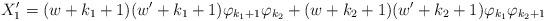
LaTeX: \begin{align*}X'_1=(w+k_1+1)(w'+k_1+1)\varphi_{k_1+1}\varphi_{k_2}+(w+k_2+1)(w'+k_2+1)\varphi_{k_1}\varphi_{k_2+1}\end{align*}